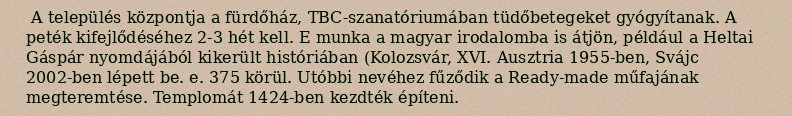
A település központja a fürdőház, TBC-szanatóriumában tüdőbetegeket gyógyítanak. A peték kifejlődéséhez 2-3 hét kell. E munka a magyar irodalomba is átjön, például a Heltai Gáspár nyomdájából kikerült históriában (Kolozsvár, XVI. Ausztria 1955-ben, Svájc 2002-ben lépett be. e. 375 körül. Utóbbi nevéhez fűződik a Ready-made műfajának megteremtése. Templomát 1424-ben kezdték építeni.